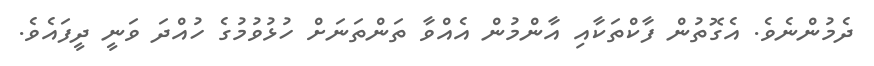
ދެމުންނެވެ. އެގޮތުން ފާކްތަކާއި އާންމުން އެއްވާ ތަންތަނަށް ހުޅުވުމުގެ ހުއްދަ ވަނީ ދީފައެވެ.